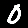
Digit: 0